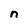
Character: n